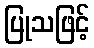
ပြုသဖြင့်